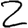
Digit: 2